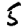
Digit: 5